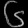
Digit: ၆